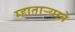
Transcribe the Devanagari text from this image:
म्हातार्‍याने